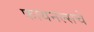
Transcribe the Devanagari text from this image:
फायनल्सचे